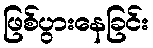
ဖြစ်ပွားနေခြင်း